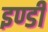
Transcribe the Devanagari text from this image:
इण्डी